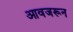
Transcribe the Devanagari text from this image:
आवजरून